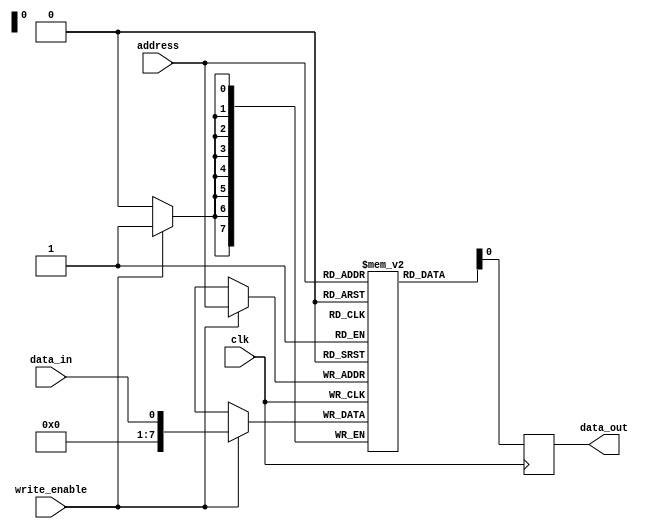
module PROM (
    input wire clk,
    input wire [7:0] address,
    input wire data_in,
    input wire write_enable,
    output reg data_out
);

reg [7:0] memory [0:255];

always @ (posedge clk) begin
    if (write_enable) begin
        memory[address] <= data_in;
    end
    data_out <= memory[address];
end

endmodule